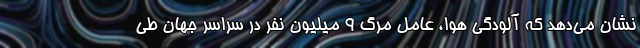
نشان می‌دهد که آلودگی هوا، عامل مرگ ۹ میلیون نفر در سراسر جهان طی